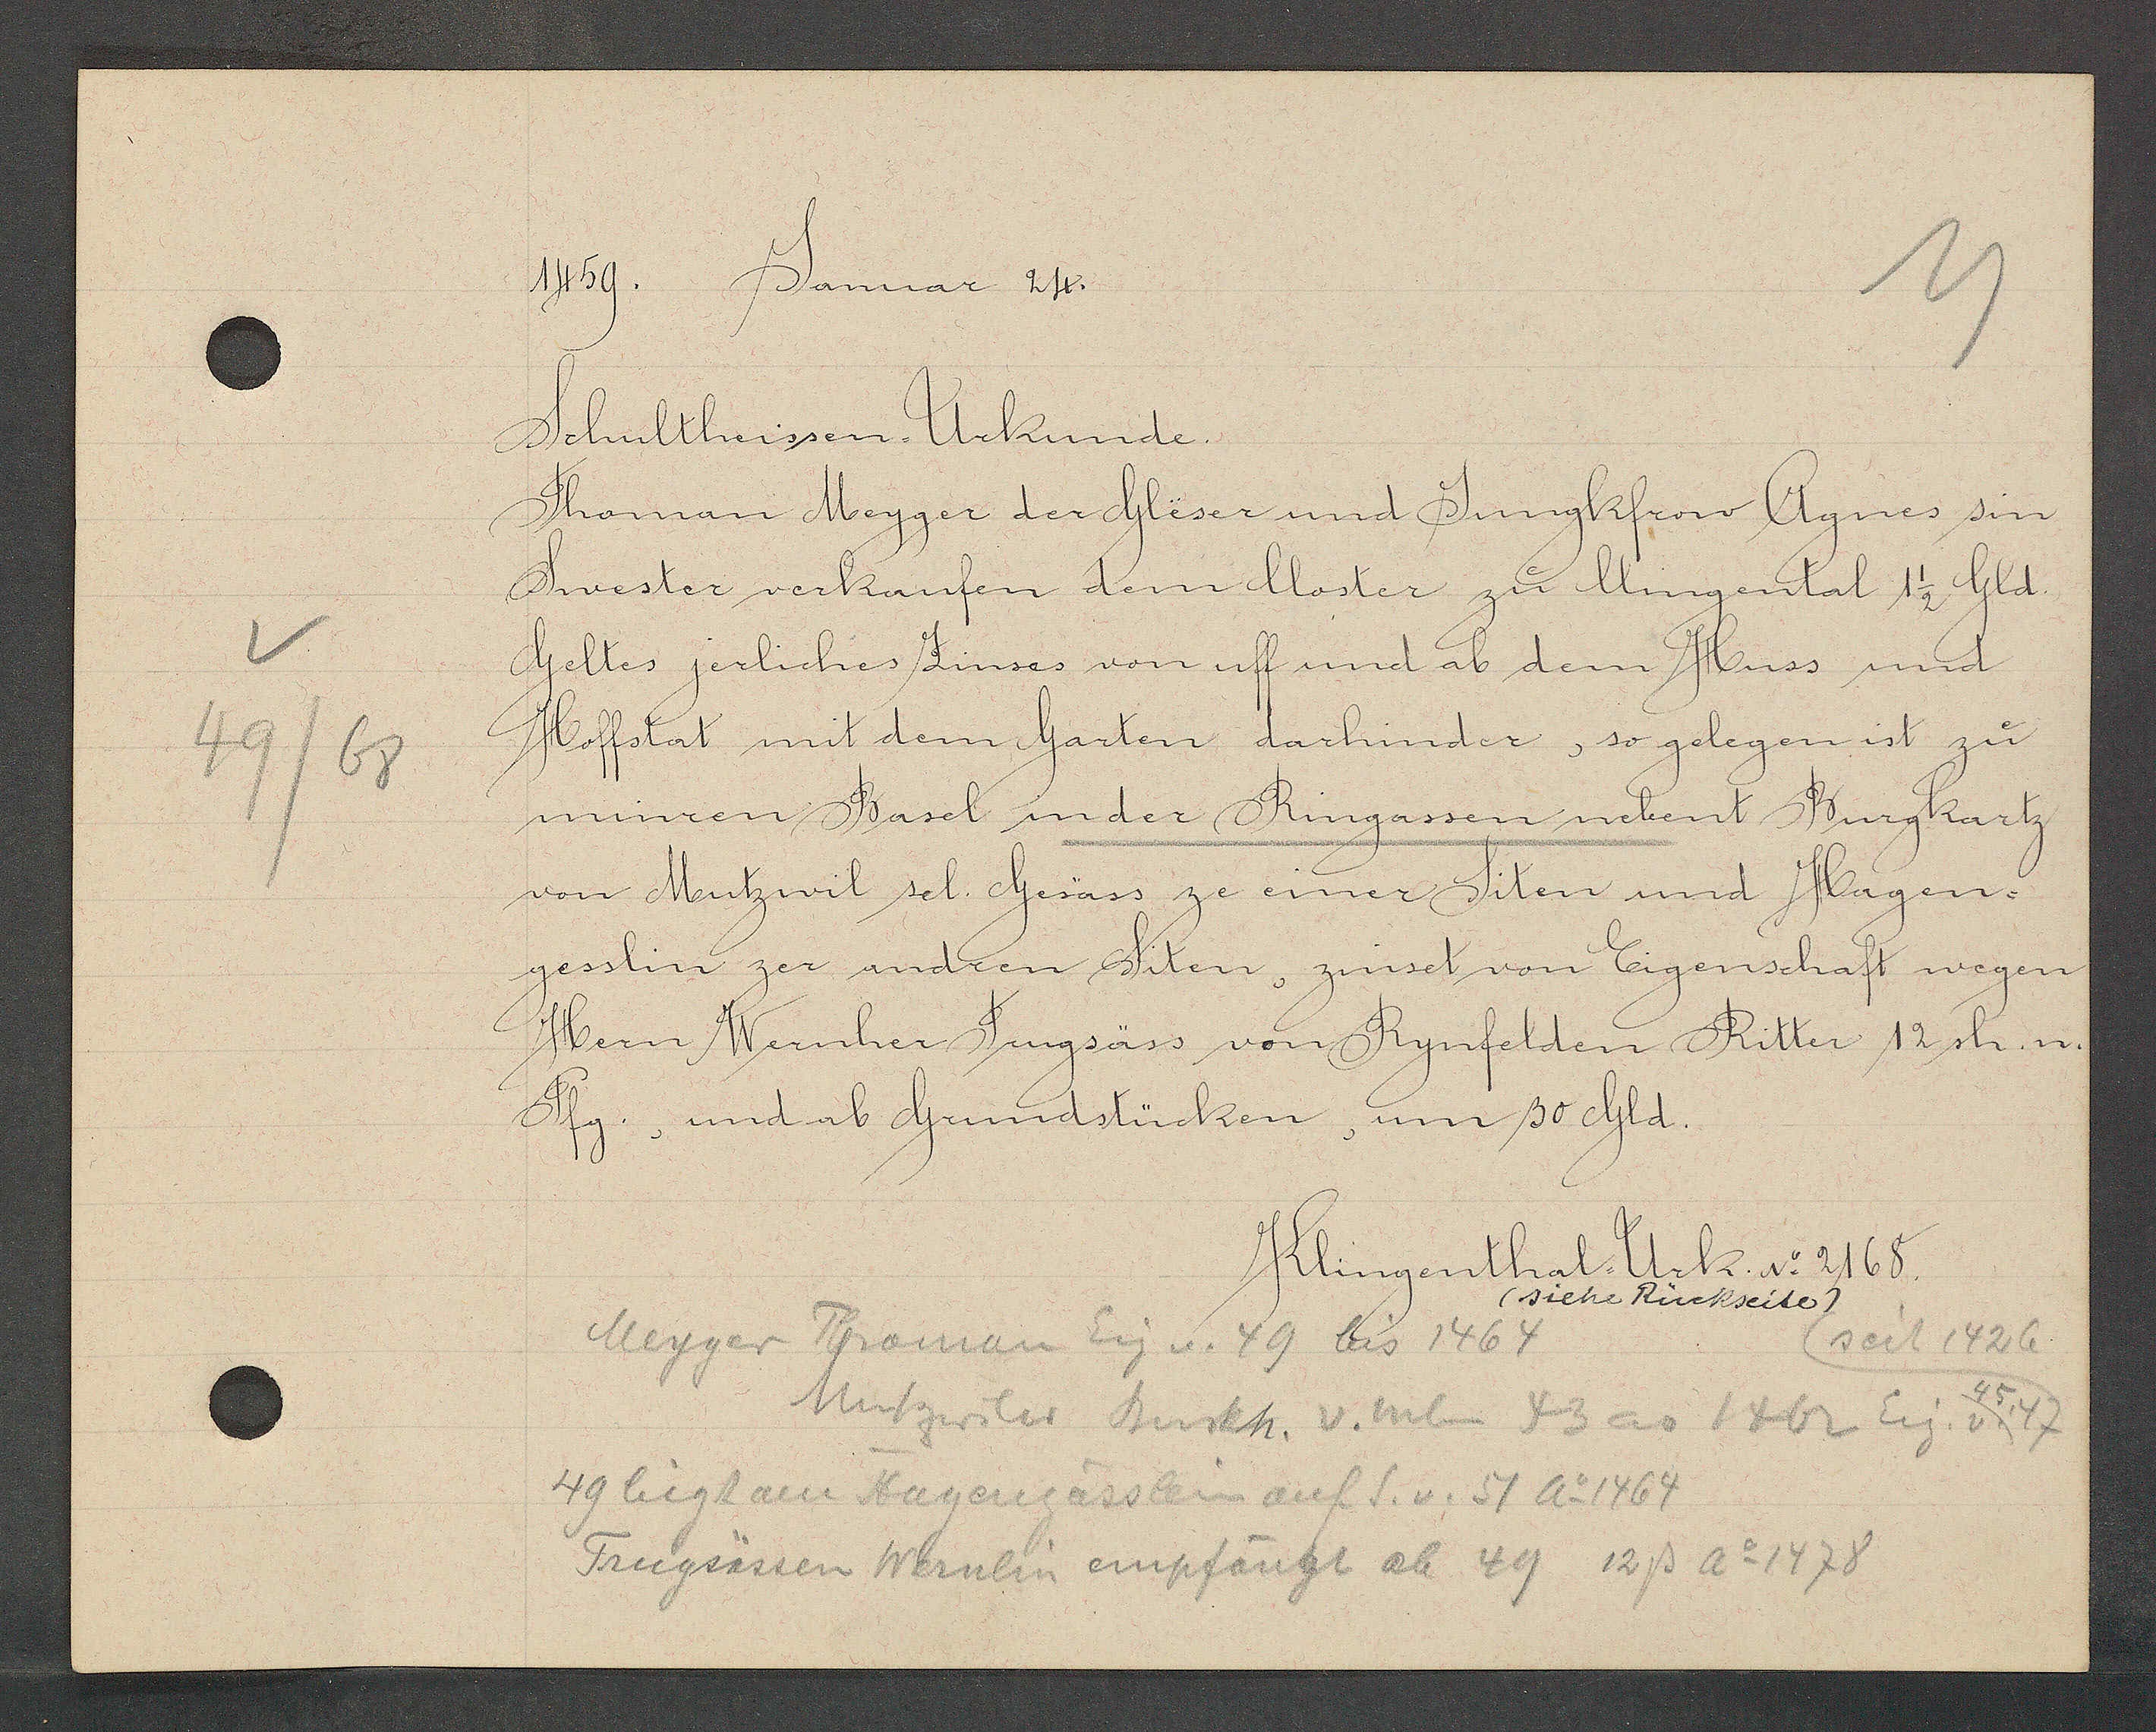
Transcript:
49/68

1459. Januar 24.

Schultheissen Urkunde.
Thoman Meyger der Gleser und Jungkfrow Agnes sin
Swester verkaufen dem Closter zu Clingental 1 1/2 Gld.
Geltes jerliches Zinses von uff und ab dem Huss und
Hoffstat mit dem Garten darhinder, so gelegen ist zu
minren Basel in der Ringassen nebent Burgkartz
von Mutzwit sel. Gesäss ze einer Siten und Hägen-
gesslin zer andren Siten, zinset von Eigenschaft wegen
Hern Wernher Jungsäss von Rynfelden Ritter 1 sh. n.
Pfg. und ab Grundstücken, um 30 Gld.

Klingenthal. Urk. No 2168.
(siehe Rüchseite)

Meyger Thoman Eig v. 49 bis 1464
seit 1426.
Matzwiler Burkh. v. neben 43 ao 1462 Eig. v. 45, 47
49 liegt am Hagengässlein auf S.v.51 Ao 1464
Frugsässsen Wernlin empfängt ab 49 12ß Ao 1478